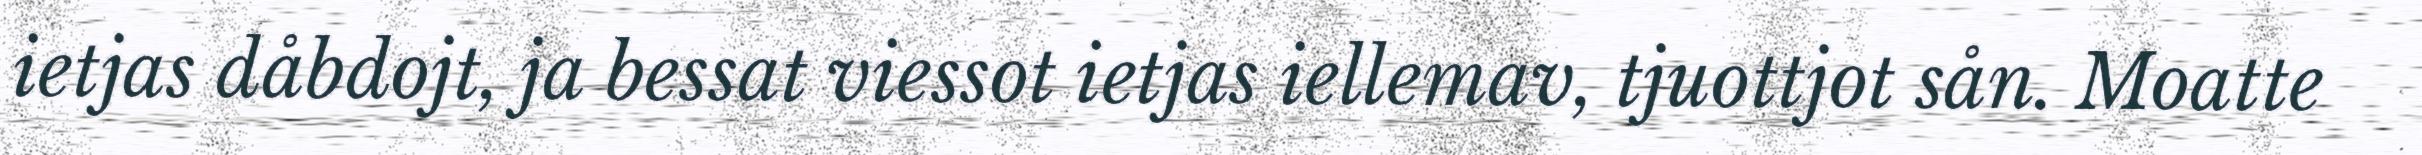
ietjas dåbdojt, ja bessat viessot ietjas iellemav, tjuottjot sån. Moatte